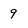
Character: 9